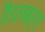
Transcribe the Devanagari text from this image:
हैडलबर्ग